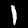
Label: 1